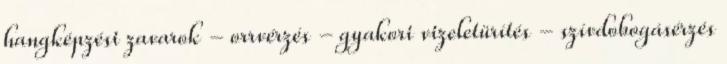
hangképzési zavarok - orrvérzés - gyakori vizeletürítés - szívdobogásérzés